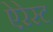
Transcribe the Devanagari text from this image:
ऐरेस्ट